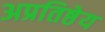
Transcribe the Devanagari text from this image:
अप्रतिष्ठेय